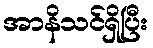
အာနိသင်ရှိပြီး